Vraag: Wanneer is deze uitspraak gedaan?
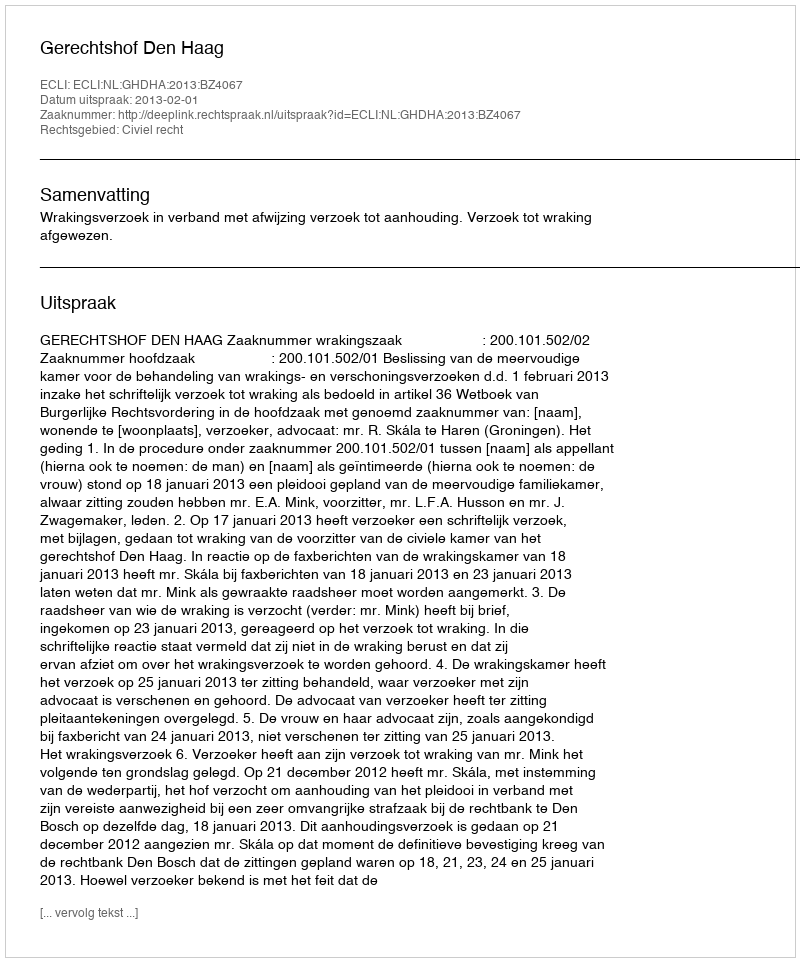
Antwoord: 2013-02-01